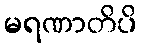
မရဏာတိပိ